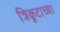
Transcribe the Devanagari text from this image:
त्रिकूटाच्या